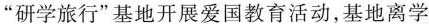
”研学旅行”基地开展爱国教育活动，基地离学